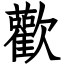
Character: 歡